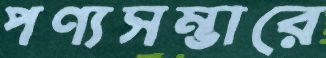
পণ্যসম্ভারে